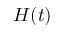
H ( t )